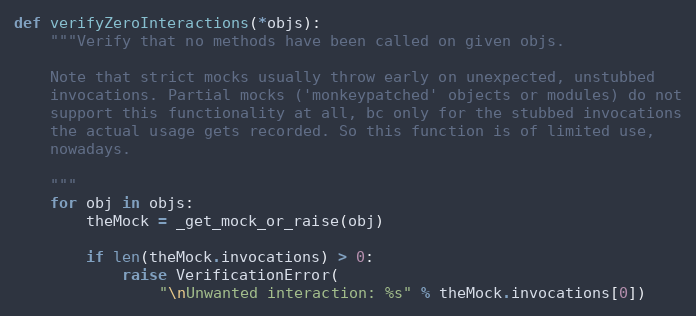
Language: Python
def verifyZeroInteractions(*objs):
    """Verify that no methods have been called on given objs.

    Note that strict mocks usually throw early on unexpected, unstubbed
    invocations. Partial mocks ('monkeypatched' objects or modules) do not
    support this functionality at all, bc only for the stubbed invocations
    the actual usage gets recorded. So this function is of limited use,
    nowadays.

    """
    for obj in objs:
        theMock = _get_mock_or_raise(obj)

        if len(theMock.invocations) > 0:
            raise VerificationError(
                "\nUnwanted interaction: %s" % theMock.invocations[0])